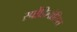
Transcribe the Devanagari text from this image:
स्पोंडिलोसिस